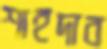
শাহদাব